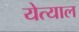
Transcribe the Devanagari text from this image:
येत्याल